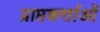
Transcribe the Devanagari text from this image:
प्राप्तकर्त्ताओं